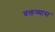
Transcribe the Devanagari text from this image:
वक्तव्यास